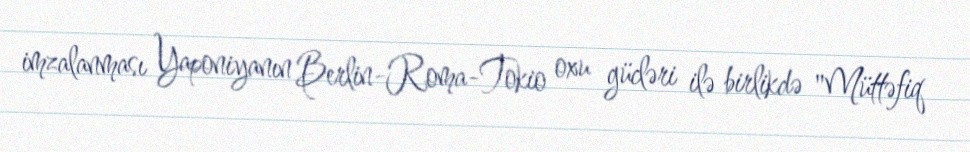
imzalanması Yaponiyanın Berlin-Roma-Tokio oxu gücləri ilə birlikdə "Müttəfiq